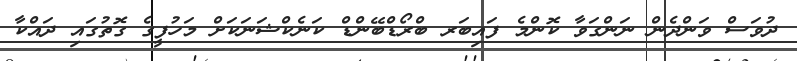
ދުވަސް ވަންދެން ނަންގަވާ ކޮންމެ ފައިބަރ ބްރޯޑްބޭންޑް ކަނެކްޝަނަކަށް މަހުފީގެ ގޮތުގައި ދައްކާ